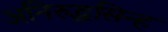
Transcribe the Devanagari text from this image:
अनिरुद्धसिन्ह